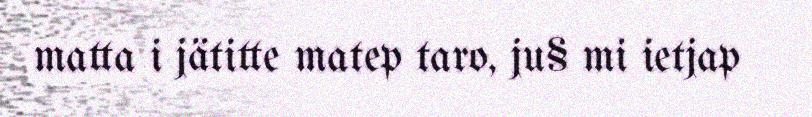
matta i jätitte matep taro, ju§ mi ietjap